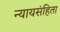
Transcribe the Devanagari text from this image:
न्यायसंहिता